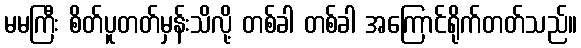
မမကြီး စိတ်ပူတတ်မှန်းသိလို့ တစ်ခါ တစ်ခါ အကြောင်ရိုက်တတ်သည်။